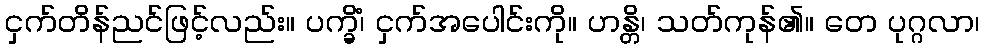
ငှက်တိန်ညင်ဖြင့်လည်း။ ပက္ခိံ၊ ငှက်အပေါင်းကို။ ဟန္တိ၊ သတ်ကုန်၏။ တေ ပုဂ္ဂလာ၊